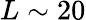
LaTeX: L\sim 20